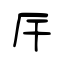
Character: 厈